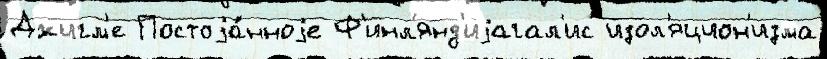
Джигм'е Постоjа́нноjе Ф'инл'янд'иjагал'ис изол'яцион'изма